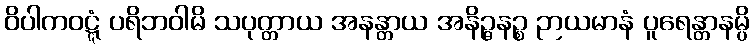
ဝိပါကဝဋ္ဋံ ပရိဘဝါမိ သပုတ္တာယ အနန္တာယ အနိဉ္ဇနဉ္စ ဉာယမာနံ ပူရေန္တာနမ္ပိ